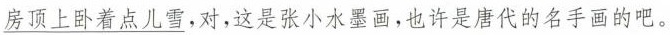
房顶上卧着点儿雪}